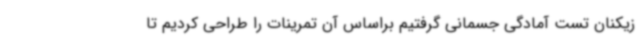
زیکنان تست آمادگی جسمانی گرفتیم براساس آن تمرینات را طراحی کردیم تا